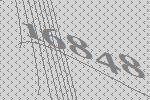
16848